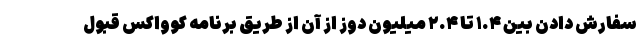
سفارش دادن بین ۱.۴ تا ۲.۴ میلیون دوز از آن از طریق برنامه کوواکس قبول